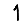
Digit: 1